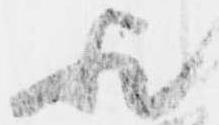
歟